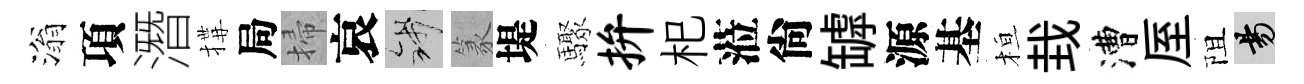
滃項潛搆局掃哀錢篆堤驟拚𣏌蒞尙罅源基桓㘽漕厔阻昜